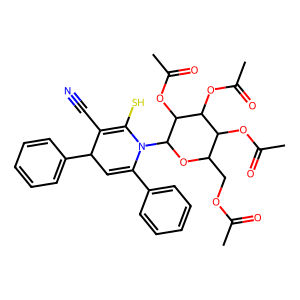
SMILES: CC(=O)OCC1OC(N2C(c3ccccc3)=CC(c3ccccc3)C(C#N)=C2S)C(OC(C)=O)C(OC(C)=O)C1OC(C)=O
Inhibits HIV replication: No